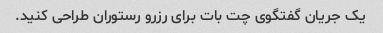
یک جریان گفتگوی چت بات برای رزرو رستوران طراحی کنید.